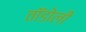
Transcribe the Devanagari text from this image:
तॉडोली